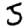
Digit: 5